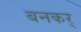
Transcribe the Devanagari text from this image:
बनकर्